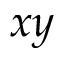
x y